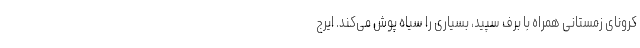
کرونای زمستانی همراه با برف سپید، بسیاری را سیاه پوش می‌کند. ایرج